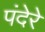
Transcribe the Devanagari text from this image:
पंदेरे